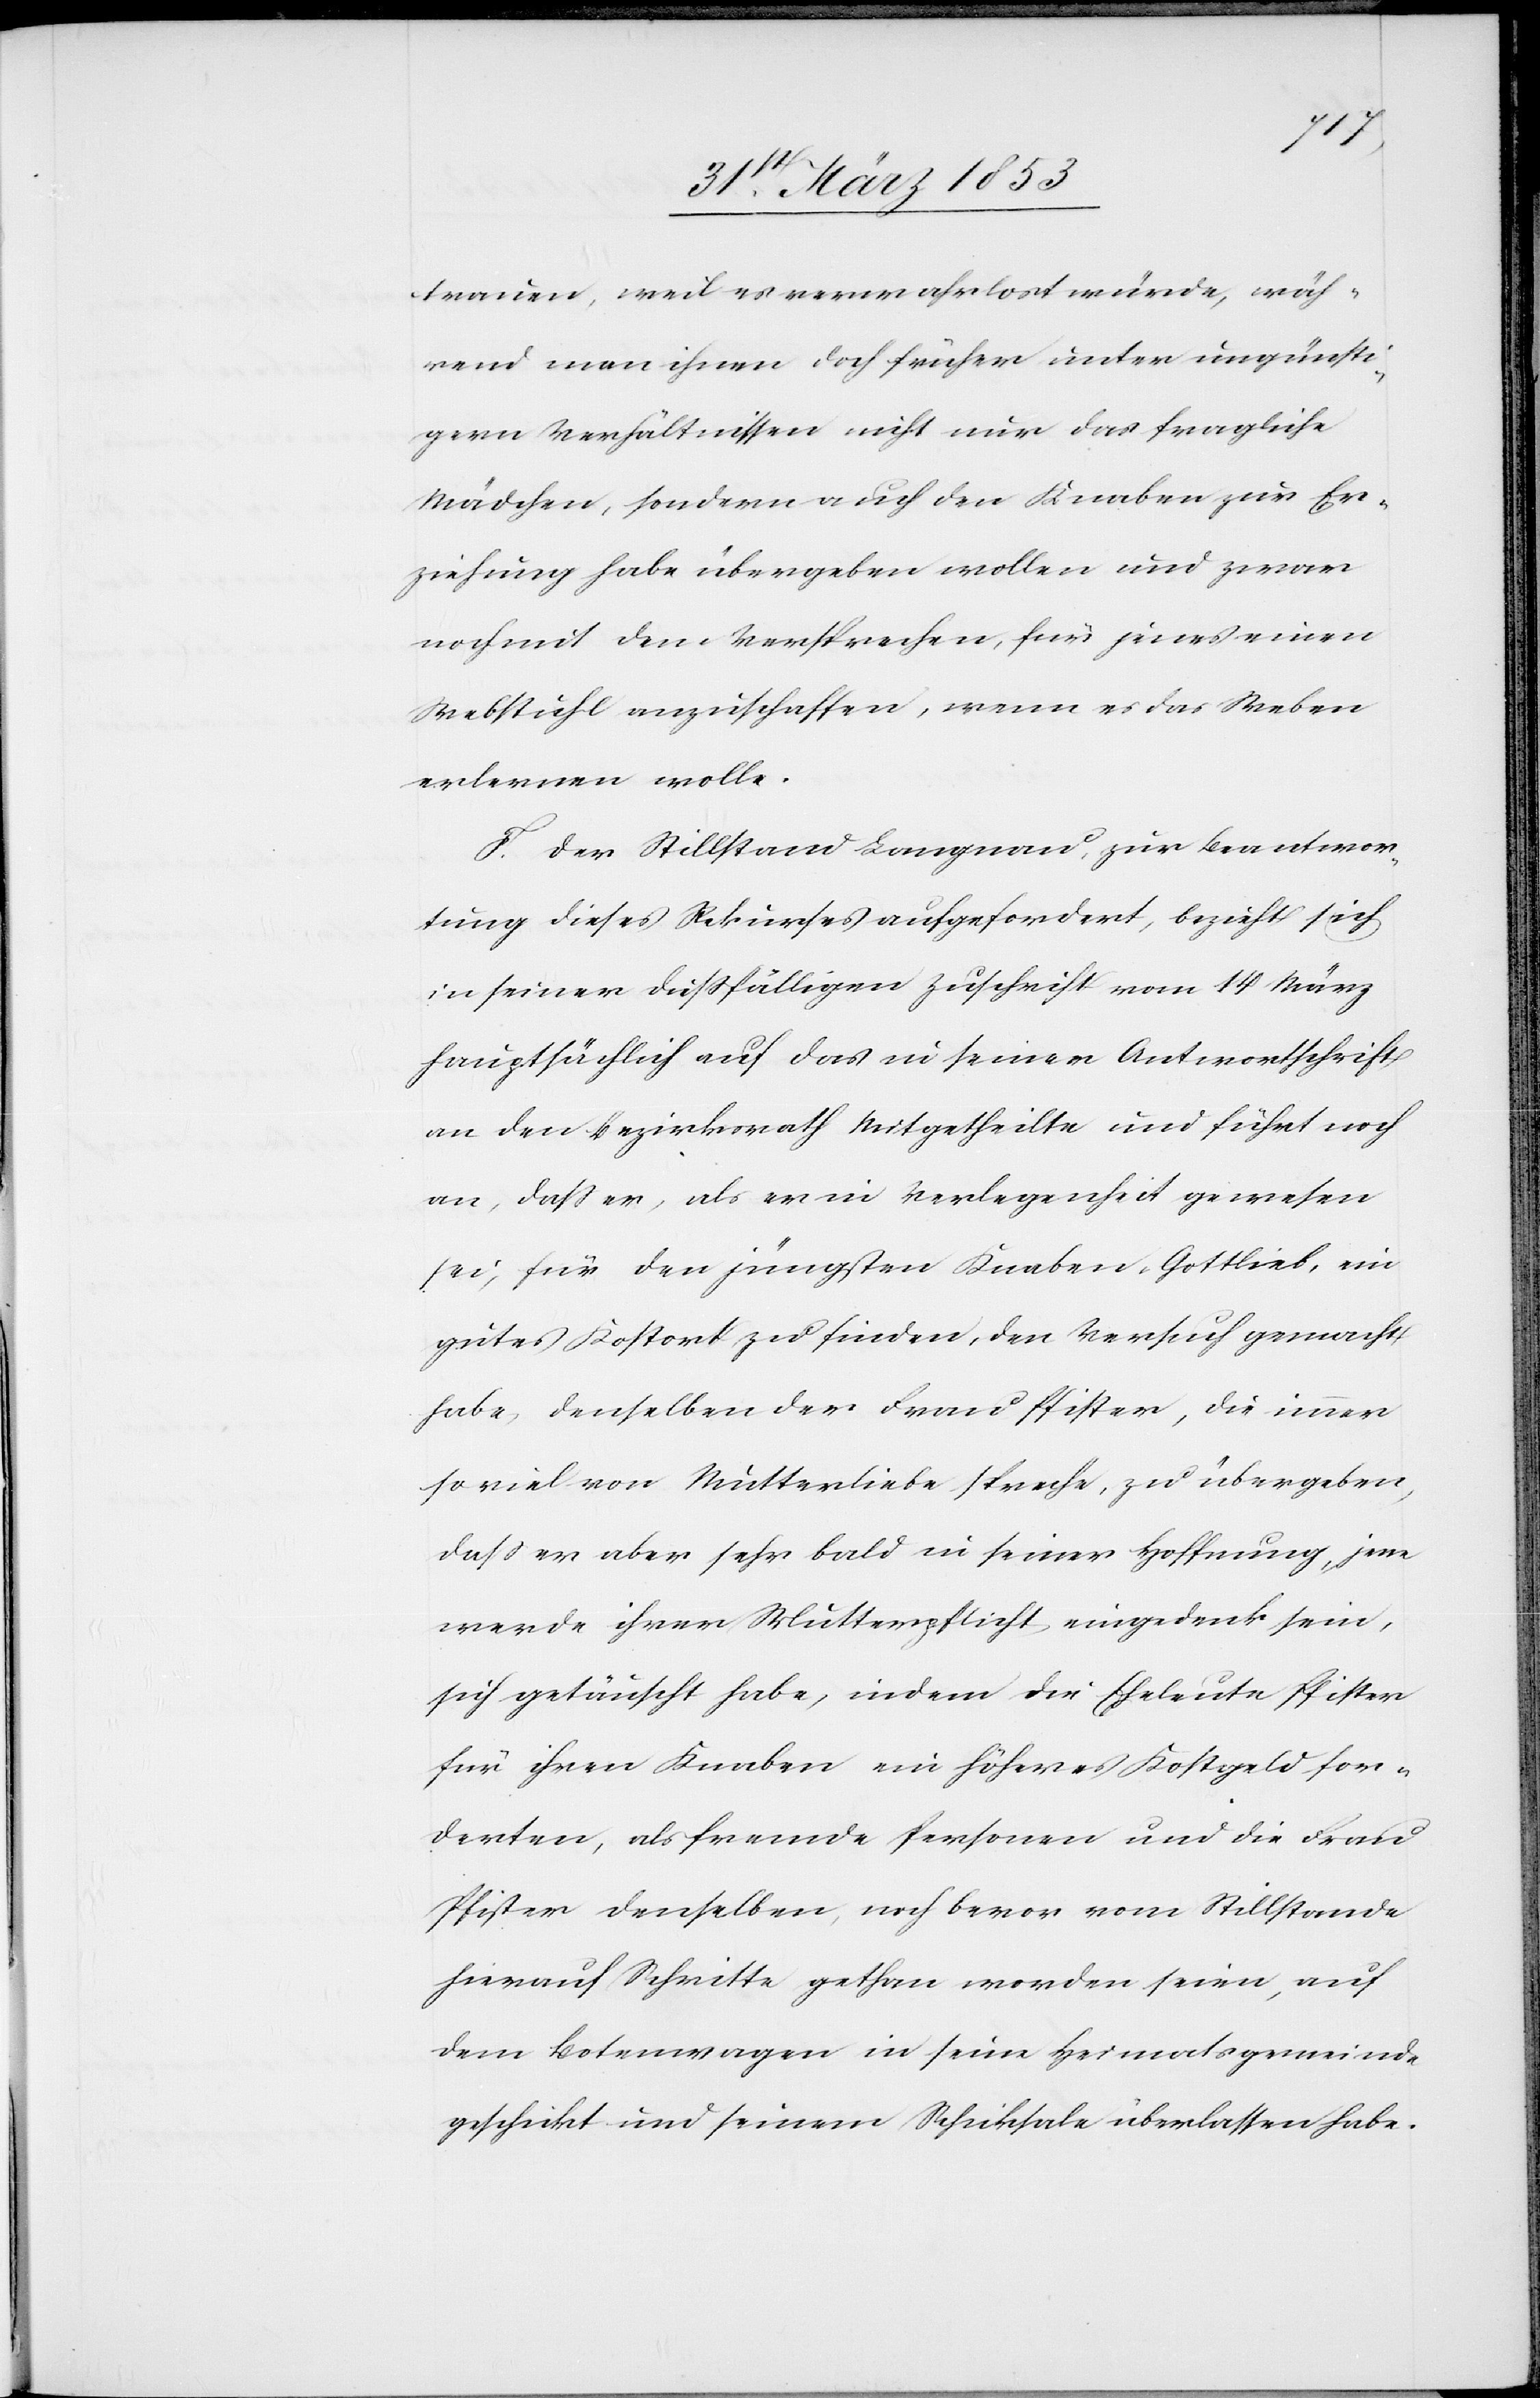
trauen, weil es verwahrlost würde, wäh¬
rend man ihnen doch früher unter ungünsti¬
gern Verhältnissen nicht nur das fragliche
Mädchen, sondern auch den Knaben zur Er¬
ziehung habe übergeben wollen und zwar
noch mit dem Versprechen, für jenes einen
Webstuhl anzuschaffen, wenn es das Weben
erlernen wolle.
F. Der Stillstand Langnau, zur Beantwor¬
tung dieses Rekurses aufgefordert, bezieht sich
in seiner dießfälligen Zuschrift vom 14 März
hauptsächlich auf das in seiner Antwortschrift
an den Bezirksrath Mitgetheilte und führt noch
an, daß er, als er in Verlegenheit gewesen
sei, für den jüngsten Knaben Gottlieb, ein
gutes Kostort zu finden, den Versuch gemacht
habe, denselben der Frau Pfister, die immer
soviel von Mutterliebe spreche, zu übergeben,
daß es aber sehr bald in seiner Hoffnung, jene
werde ihrer Mutterpflicht eingedenk sein,
sich getäuscht habe, indem die Eheleute Pfister
für ihren Knaben ein höheres Kostgeld for¬
derten, als fremde Personen und die Frau
Pfister denselben, noch bevor vom Stillstande
hierauf Schritte gethan worden seien, auf
dem Botenwagen in seine Heimatsgemeinde
geschickt und seinem Schicksale überlassen habe.